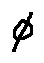
\phi